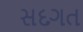
સદગત